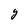
Character: Y